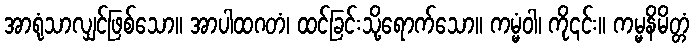
အာရုံသာလျှင်ဖြစ်သော။ အာပါထဂတံ၊ ထင်ခြင်းသို့ရောက်သော။ ကမ္မံဝါ၊ ကို၎င်း။ ကမ္မနိမိတ္တံ